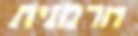
חרמנית